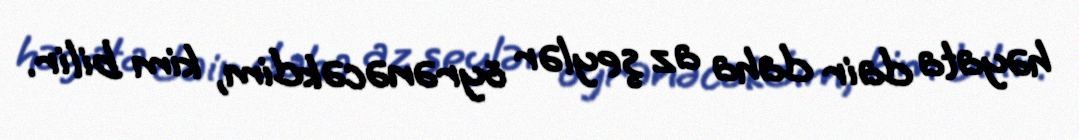
həyata dair daha az şeylər öyrənəcəkdim, kim bilir.